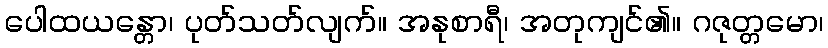
ပေါထယန္တော၊ ပုတ်သတ်လျက်။ အနုစာရီ၊ အတုကျင်၏။ ဂဇုတ္တမော၊